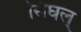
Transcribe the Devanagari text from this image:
सिंघल्